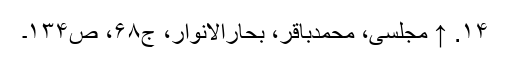
۱۴. ↑ مجلسی، محمدباقر، بحارالانوار، ج۶۸، ص۱۳۴۔